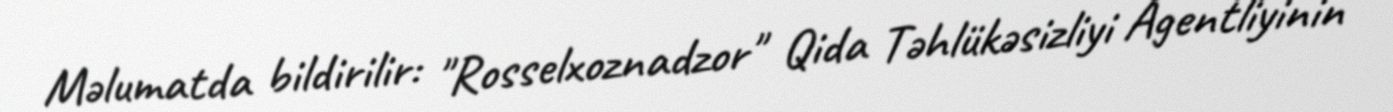
Məlumatda bildirilir: "Rosselxoznadzor" Qida Təhlükəsizliyi Agentliyinin